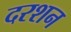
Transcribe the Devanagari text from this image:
दरशन